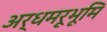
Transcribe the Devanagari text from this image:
अर्धमरूभूमि